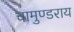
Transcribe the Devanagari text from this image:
चामुण्डराय